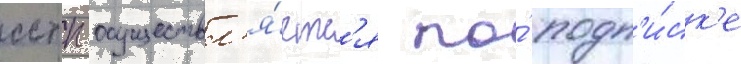
сстп осуществл'я́етс'я по́ подп'и́ск'е